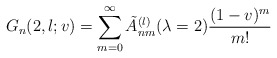
\begin{align*} G_n(2, l; v) = \sum_{m=0}^{\infty} \tilde{A}_{nm}^{(l)}(\lambda=2) \frac{(1-v)^m}{m!}\end{align*}